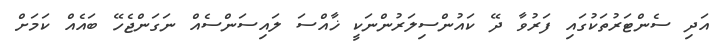
އަދި ސެންޓަރުތަކުގައި ފަރުވާ ދޭ ކައުންސިލަރުންނަކީ ޚާއްސަ ލައިސަންސެއް ނަގަންޖެހޭ ބައެއް ކަމަށް